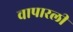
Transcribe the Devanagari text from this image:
वापारली